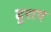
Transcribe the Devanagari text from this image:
दुराए